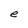
Character: e